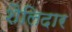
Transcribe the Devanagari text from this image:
शैलिदार